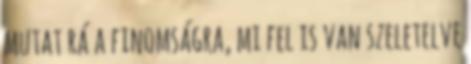
mutat rá a finomságra, mi fel is van szeletelve